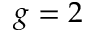
g = 2